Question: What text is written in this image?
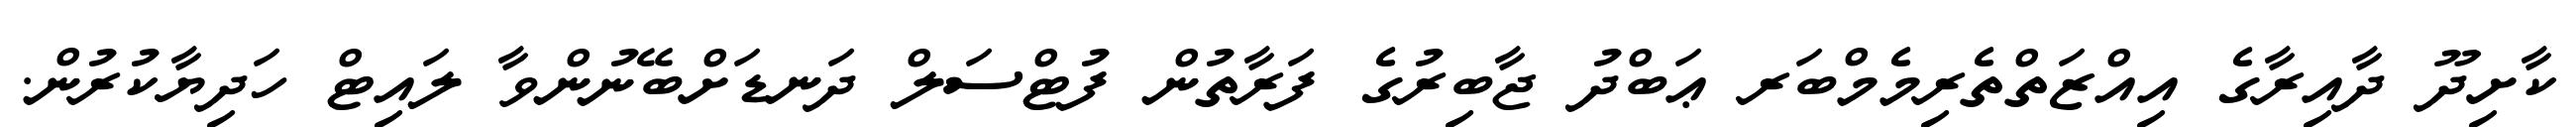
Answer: ކާށިދޫ ދާއިރާގެ އިއްޒަތްތެރިމެމްބަރ ޢަބްދު ޖާބިރުގެ ފަރާތުން ފުޓްސަލް ދަނޑަށްބޭނުންވާ ލައިޓް ހަދިޔާކުރުން.